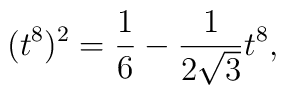
(t^8)^2 = \frac{1}{6}-\frac{1}{2\sqrt{3}}t^8,